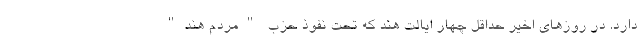
دارد. در روزهای اخیر حداقل چهار ایالت هند که تحت نفوذ حزب "مردم هند"